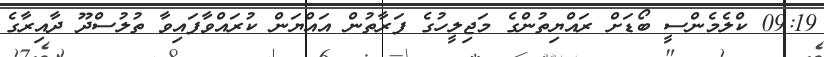
09:19 ކްލެމެންސީ ބޯޑަށް ރައްޔިތުންގެ މަޖިލީހުގެ ފަރާތުން އައްޔަން ކުރައްވާފައިވާ ތުލުސްދޫ ދާއިރާގެ